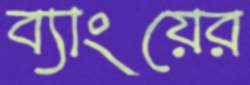
ব্যাংয়ের